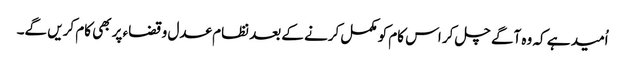
اُمید ہے کہ وہ آگے چل کر اس کام کو مکمل کرنے کے بعد نظام عدل وقضاء پر بھی کام کریں گے۔